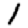
Digit: 1